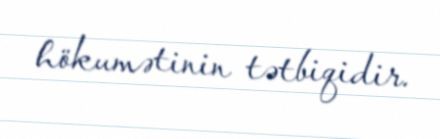
hökumətinin tətbiqidir.